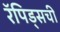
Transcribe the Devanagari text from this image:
रॅपिड्सची